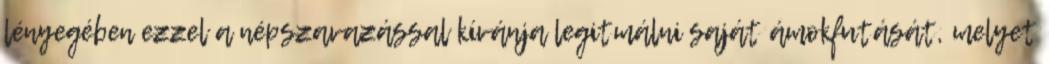
lényegében ezzel a népszavazással kívánja legitmálni saját ámokfutását, melyet